Annual report of the Punjab Veterinary College and of the Civil Veterinary Department, Punjab - 1926-1932
Year: 1926
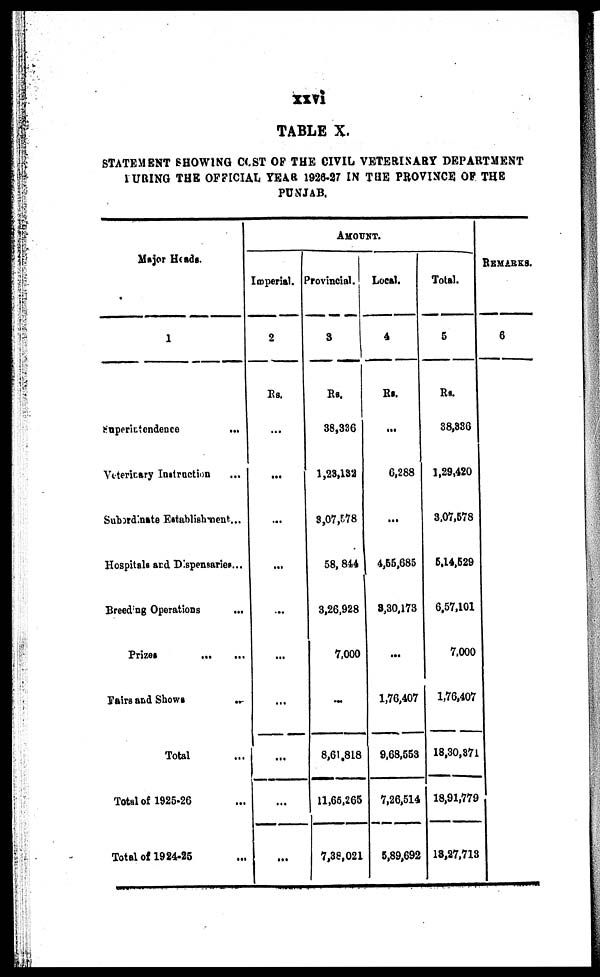
xxvi
TABLE X.
STATEMENT SHOWING COST OF THE CIVIL VETERINARY DEPARTMENT
1URING THE OFFICIAL YEAR 1926-27 IN THE PROVINCE OF THE
PUNJAB.
Major Heads.
1
Superintendence
...
Veterinary Instruction ...
Subordinate Establishment...
Hospitals and Dispensaries ...
Breeding Operations
...
Prizes
...
Fairs and Shows ...
Total ...
Total of 1925-26 ...
Total of 1924-25 ...
AMOUNT.
Imperial.
2
Rs.
...
...
...
...
...
...
...
...
...
...
Provincial.
3
Rs.
38,336
1,23,132
8,07,578
58, 844
3,26,928
7,000
...
8,61,818
11,66,265
7,38,021
Local.
4
Rs.
...
6,288
...
4,65,685
8,30,173
...
1,76,407
9,68,553
7,26,514
5,89,692
Total.
5
Rs.
38,886
1,29,420
3,07,578
5,14,529
6,57,101
7,000
1,76,407
18,30,371
18,91,779
18,27,713
REMARKS.
6